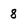
Character: 8